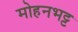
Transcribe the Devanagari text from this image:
मोहनभट्ट